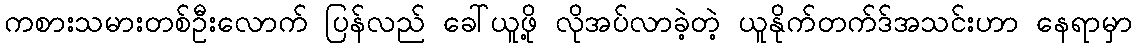
ကစားသမားတစ်ဦးလောက် ပြန်လည် ခေါ်ယူဖို့ လိုအပ်လာခဲ့တဲ့ ယူနိုက်တက်ဒ်အသင်းဟာ နေရာမှာ